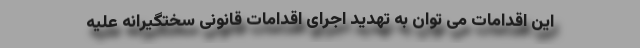
این اقدامات می توان به تهدید اجرای اقدامات قانونی سختگیرانه علیه